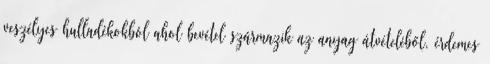
veszélyes hulladékokból ahol bevétel származik az anyag átvételéből, érdemes